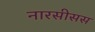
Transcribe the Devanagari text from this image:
नारसीसस